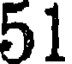
51